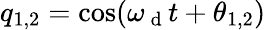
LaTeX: q_{1,2}=\cos(\omega_{\mathrm{~d~}}t+\theta_{1,2})